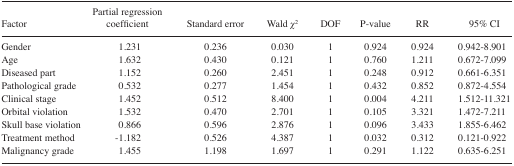
<table><thead><tr><td><b>Factor</b></td><td><b>Partial regression coefficient</b></td><td><b>Standard error</b></td><td><b>Wald <i>χ</i><sup>2</sup></b></td><td><b>DOF</b></td><td><b>P-value</b></td><td><b>RR</b></td><td><b>95% CI</b></td></tr></thead><tbody><tr><td>Gender</td><td>1.231</td><td>0.236</td><td>0.030</td><td>1</td><td>0.924</td><td>0.924</td><td>0.942–8.901</td></tr><tr><td>Age</td><td>1.632</td><td>0.430</td><td>0.121</td><td>1</td><td>0.760</td><td>1.211</td><td>0.672–7.099</td></tr><tr><td>Diseased part</td><td>1.152</td><td>0.260</td><td>2.451</td><td>1</td><td>0.248</td><td>0.912</td><td>0.661–6.351</td></tr><tr><td>Pathological grade</td><td>0.532</td><td>0.277</td><td>1.454</td><td>1</td><td>0.432</td><td>0.852</td><td>0.872–4.554</td></tr><tr><td>Clinical stage</td><td>1.452</td><td>0.512</td><td>8.400</td><td>1</td><td>0.004</td><td>4.211</td><td>1.512–11.321</td></tr><tr><td>Orbital violation</td><td>1.532</td><td>0.470</td><td>2.701</td><td>1</td><td>0.105</td><td>3.321</td><td>1.472–7.211</td></tr><tr><td>Skull base violation</td><td>0.866</td><td>0.596</td><td>2.876</td><td>1</td><td>0.096</td><td>3.433</td><td>1.855–6.462</td></tr><tr><td>Treatment method</td><td>−1.182</td><td>0.526</td><td>4.387</td><td>1</td><td>0.032</td><td>0.312</td><td>0.121–0.922</td></tr><tr><td>Malignancy grade</td><td>1.455</td><td>1.198</td><td>1.697</td><td>1</td><td>0.291</td><td>1.122</td><td>0.635–6.251</td></tr></tbody></table>